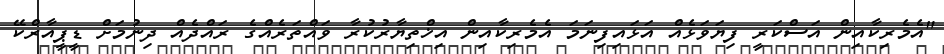
"އެމެރިކާއިން އަސްކަރީ ފިޔަވަޅެއް އަޅައިފިނަމަ އެމެރިކާއިން އިޚްތިޔާރުކުރާ ވައްތަރެއްގެ ރައްދެއް ދިނުމަށް ޑީޕީއާރްކޭ